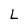
Character: L